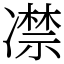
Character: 凚